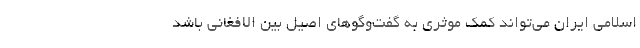
اسلامی ایران می‌تواند کمک موثری به گفت‌وگو‌های اصیل بین الافغانی باشد